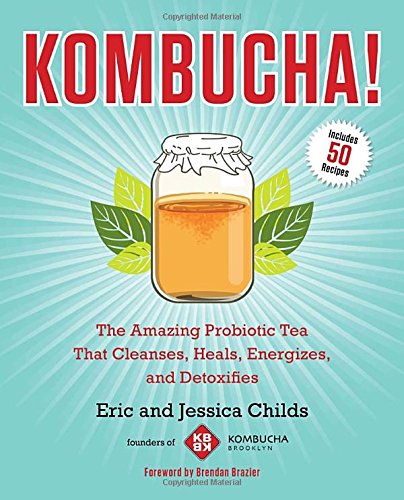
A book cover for Kombucha!: The Amazing Probiotic Tea that Cleanses, Heals, Energizes, and Detoxifies; Eric Childs; Health, Fitness & Dieting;